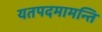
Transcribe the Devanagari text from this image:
यतपदमामन्ति